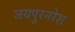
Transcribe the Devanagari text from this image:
जयपुरनरेश